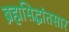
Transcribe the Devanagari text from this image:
ब्रह्मसिद्धांतसार